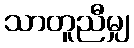
သာတူညီမျှ